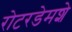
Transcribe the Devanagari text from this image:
रोटरडेमशे